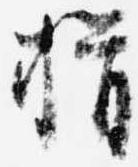
揖